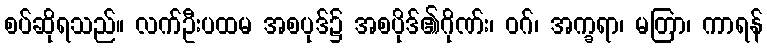
စပ်ဆိုရသည်။ လက်ဦးပထမ အစပုဒ်၌ အစပိုဒ်၏ဂိုဏ်း၊ ဝဂ်၊ အက္ခရာ၊ မတြာ၊ ကာရန်